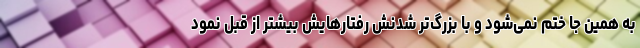
به همین جا ختم نمی‌شود و با بزرگ‌تر شدنش رفتارهایش بیشتر از قبل نمود